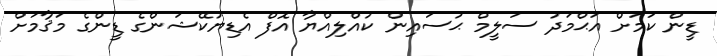
ޑީން ކަމަށް އަޙްމަދު ސަލީމް ޙުސައިން ކުއްލިއްޔާ އޮފް އެޑިޔުކޭޝަންގެ ޑީންގެ މަޤާމަށް